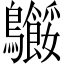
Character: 𬷸